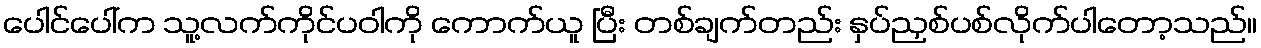
ပေါင်ပေါ်က သူ့လက်ကိုင်ပဝါကို ကောက်ယူ ပြီး တစ်ချက်တည်း နှပ်ညှစ်ပစ်လိုက်ပါတော့သည်။